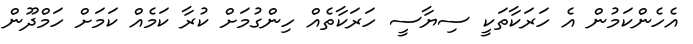
އެހެންކަމުން އެ ހަރަކާތަކީ ސިޔާސީ ހަރަކާތެއް ހިންގުމަށް ކުރާ ކަމެއް ކަމަށް ހަމްދޫން